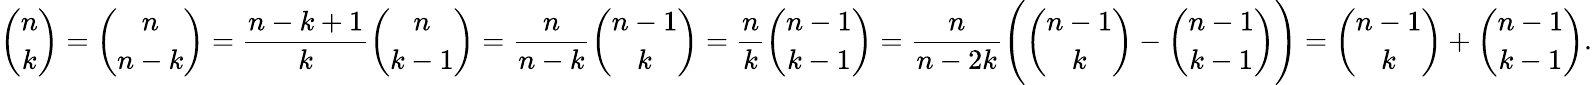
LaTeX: {\binom{n}{k}}={\binom{n}{n-k}}={\frac{n-k+1}{k}}{\binom{n}{k-1}}={\frac{n}{n-k}}{\binom{n-1}{k}}={\frac{n}{k}}{\binom{n-1}{k-1}}={\frac{n}{n-2k}}{\Bigg(}{\binom{n-1}{k}}-{\binom{n-1}{k-1}}{\Bigg)}={\binom{n-1}{k}}+{\binom{n-1}{k-1}}.